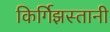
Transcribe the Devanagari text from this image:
किर्गिझस्तानी